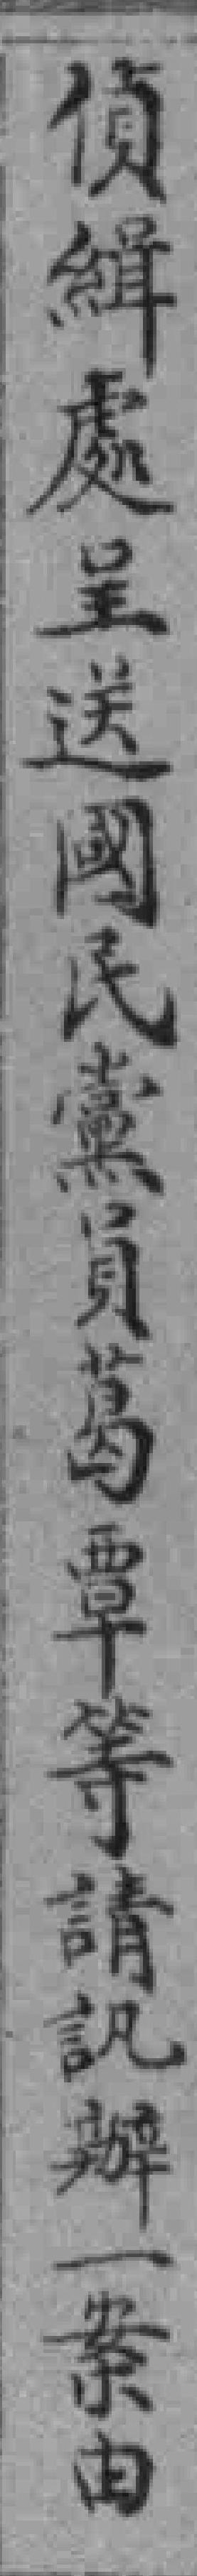
偵緝處呈送國民黨員葛覃等請訉辦一案由